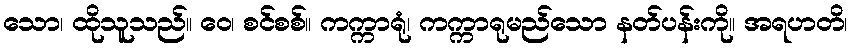
သော၊ ထိုသူသည်။ ဝေ၊ စင်စစ်။ ကက္ကာရုံ၊ ကက္ကာရုမည်သော နတ်ပန်းကို။ အရဟတိ၊